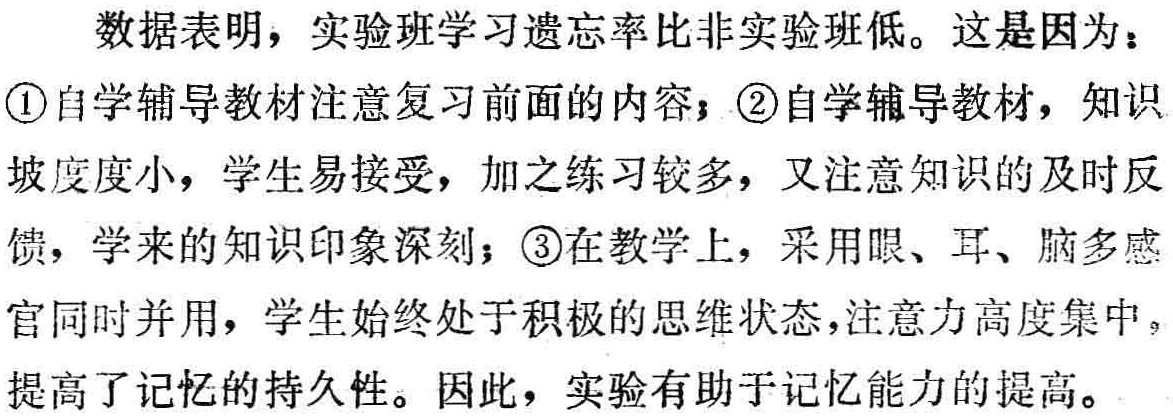
数据表明，实验班学习遗忘率比非实验班低。这是因为：

\begin{enumerate}

\item 自学辅导教材注意复习前面的内容；

\item 自学辅导教材，知识坡度小，学生易接受，加之练习较多，又注意知识的及时反馈，学来的知识印象深刻；

\item 在教学上，采用眼、耳、脑多感官同时并用，学生始终处于积极的思维状态，注意力高度集中，提高了记忆的持久性。

\end{enumerate}

因此，实验有助于记忆能力的提高。